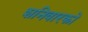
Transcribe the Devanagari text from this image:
शनिवारको